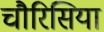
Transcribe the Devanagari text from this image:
चौरिसिया